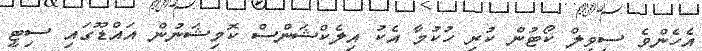
އެހެންވެ ސިވިލް ކޯޓުން ކުރި ހުކުމާ އެކު އިލެކްޝަންސް ކޮމިޝަނުން އައްޑޫގައި ސިޓީ